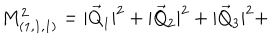
M _ { ( 1 , 1 , 1 ) } ^ { 2 } = | \vec { Q } _ { 1 } | ^ { 2 } + | \vec { Q } _ { 2 } | ^ { 2 } + | \vec { Q } _ { 3 } | ^ { 2 } +